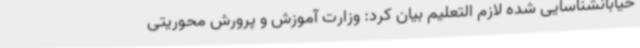
خیابانشناسایی شده لازم التعلیم بیان کرد: وزارت آموزش و پرورش محوریتی